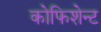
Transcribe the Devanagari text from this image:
कोफिशेन्ट